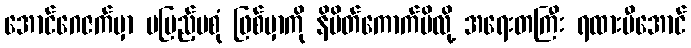
အောင်ဂေဇက်မှာ မပြည့်မစုံ ဖြစ်မှာကို နိမိတ်ကောက်မိလို့ အရေးတကြီး ရထားမီအောင်